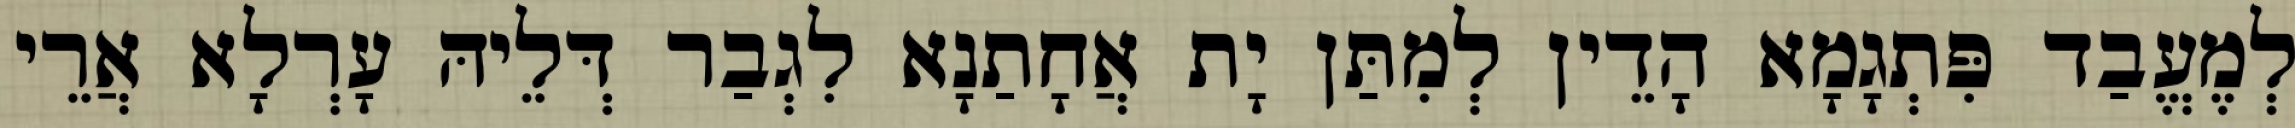
לְמֶעֱבַד פִּתְגָמָא הָדֵין לְמִתַּן יָת אֲחָתַנָא לִגְבַר דְּלֵיהּ עָרְלָא אֲרֵי